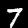
Label: 7